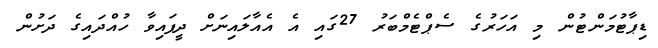
ޑިޕާޓުމަންޓުން މި އަހަރުގެ ސެޕްޓެމްބަރު 27ގައި އެ އެއާލައިނަށް ދީފައިވާ ހުއްދައިގެ ދަށުން